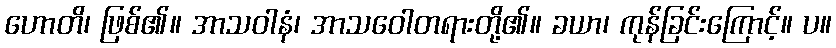
ဟောတိ၊ ဖြစ်၏။ အာသဝါနံ၊ အာသဝေါတရားတို့၏။ ခယာ၊ ကုန်ခြင်းကြောင့်။ ပ။